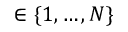
\in \{ 1 , \ldots , N \}